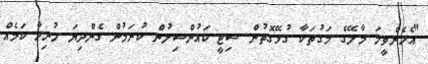
"އެހެންވީމަ މާލޭގެ މަގުތަކާ ގުޅޭގޮތުން ސިޓީ ކައުންސިލުން ކުރަމުން ގެންދިޔަ ހުރިހާ ކަމެއް